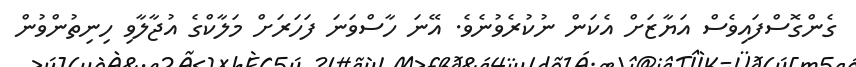
ގެންގޮސްފައިވެސް އަޔާޒަށް އެކަން ނުކުރެވުނެވެ. އޭނަ ހާސްވަނަ ފަހަރަށް މަލާކްގެ އުޖާލާވި ހިނިތުންވުން